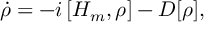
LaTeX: \dot { \rho } = - i \left[ H _ { m } , \rho \right] - { \cal D } [ \rho ] ,